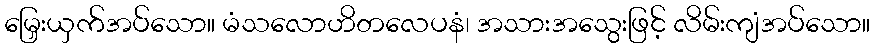
မြှေးယှက်အပ်သော။ မံသလောဟိတလေပနံ၊ အသားအသွေးဖြင့် လိမ်းကျံအပ်သော။